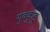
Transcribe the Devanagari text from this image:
युवकुडु